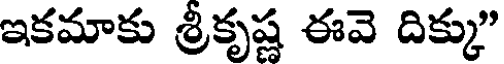
ఇకమాకు శ్రీకృష్ణ ఈవె దిక్కు"